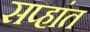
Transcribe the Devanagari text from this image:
सप्हांत